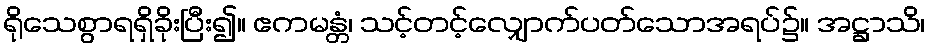
ရိုသေစွာရရှိခိုးပြီး၍။ ဧကမန္တံ၊ သင့်တင့်လျှောက်ပတ်သောအရပ်၌။ အဋ္ဌာသိ၊